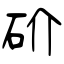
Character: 砎